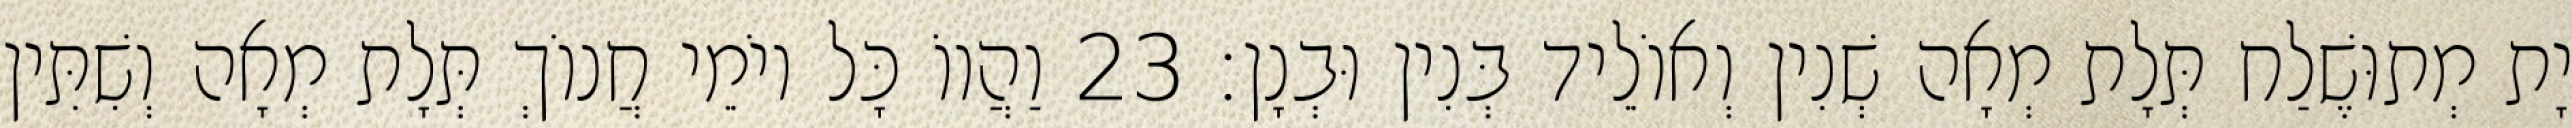
יָת מְתוּשֶׁלַח תְּלָת מְאָה שְׁנִין וְאוֹלֵיד בְּנִין וּבְנָן׃ 23 וַהֲווֹ כָּל יוֹמֵי חֲנוֹךְ תְּלָת מְאָה וְשִׁתִּין